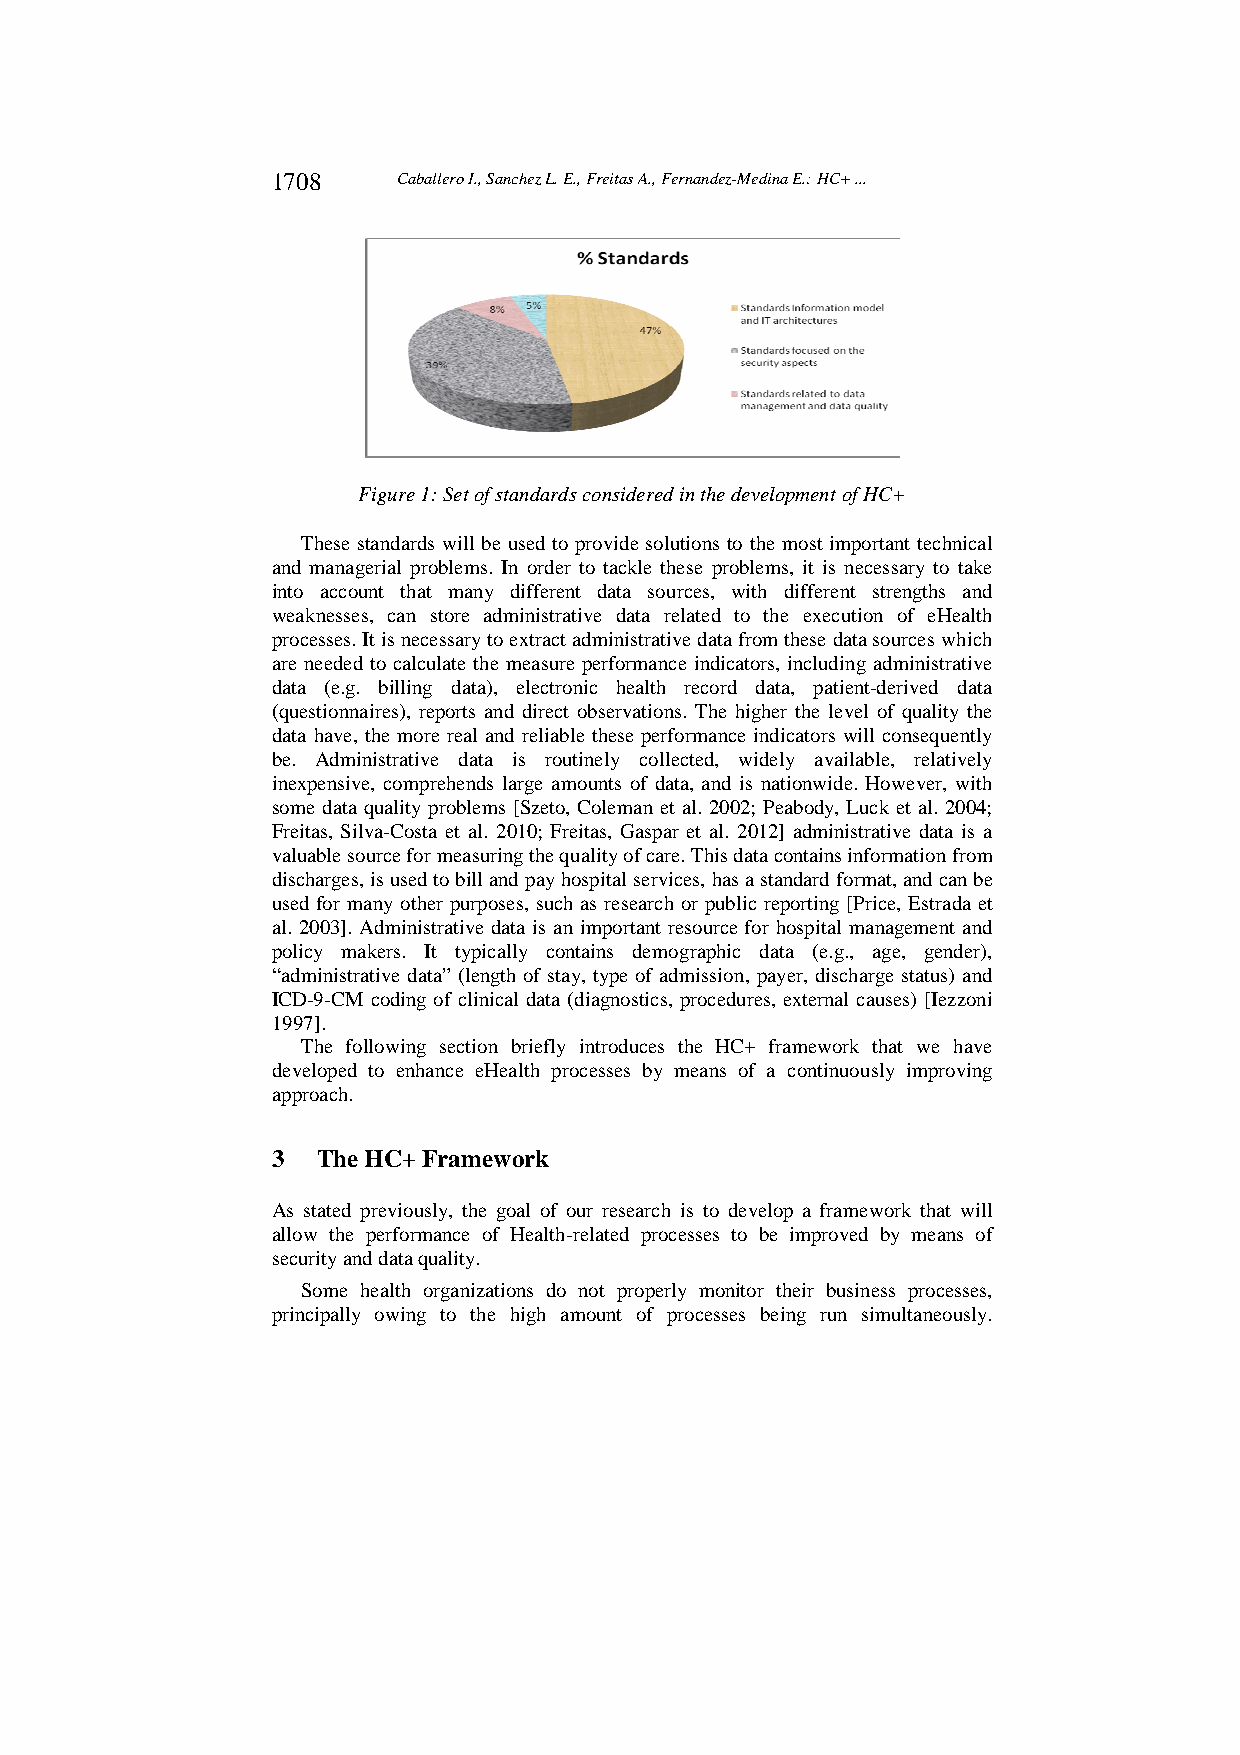
1708    Caballero I., Sanchez L. E., Freitas A., Fernandez-Medina E.: HC+ ...
 Figure 1: Set of standards considered in the development of HC+
 These standards will be used to provide solutions to the most important technical
 and managerial problems. In order to tackle these problems, it is necessary to take
 into account that many different data sources, with different strengths and
 weaknesses, can store administrative data related to the execution of eHealth
 processes. It is necessary to extract administrative data from these data sources which
 are needed to calculate the measure performance indicators, including administrative
 data (e.g. billing data), electronic health record data, patient-derived data
 (questionnaires), reports and direct observations. The higher the level of quality the
 data have, the more real and reliable these performance indicators will consequently
 be. Administrative data is routinely collected, widely available, relatively
 inexpensive, comprehends large amounts of data, and is nationwide. However, with
 some data quality problems [Szeto, Coleman et al. 2002; Peabody, Luck et al. 2004;
 Freitas, Silva-Costa et al. 2010; Freitas, Gaspar et al. 2012] administrative data is a
 valuable source for measuring the quality of care. This data contains information from
 discharges, is used to bill and pay hospital services, has a standard format, and can be
 used for many other purposes, such as research or public reporting [Price, Estrada et
 al. 2003]. Administrative data is an important resource for hospital management and
 policy makers. It typically contains demographic data (e.g., age, gender),
 “administrative data” (length of stay, type of admission, payer, discharge status) and
 ICD-9-CM coding of clinical data (diagnostics, procedures, external causes) [Iezzoni
 1997].
 The following section briefly introduces the HC+ framework that we have
 developed to enhance eHealth processes by means of a continuously improving
 approach.
 3  The HC+ Framework
 As stated previously, the goal of our research is to develop a framework that will
 allow the performance of Health-related processes to be improved by means of
 security and data quality.
 Some health organizations do not properly monitor their business processes,
 principally owing to the high amount of processes being run simultaneously.